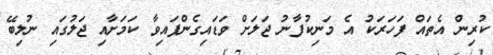
ކުރިން އެތައް ފަހަރަކު އެ މަނިކުފާނު ޖަލަށް ވަޑައިގެންފައިވާ ކަމަށާއި ޖަލުގައި ނުލިބޭ